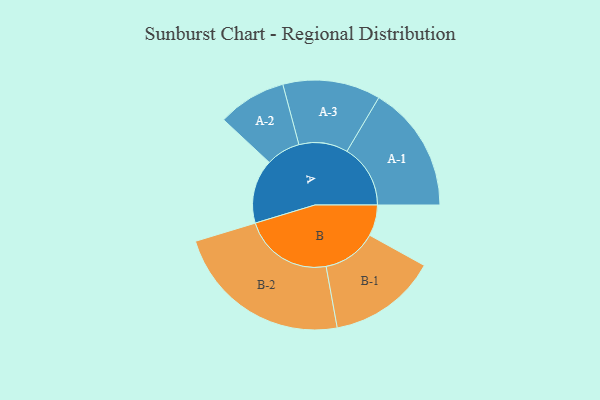
{"axis": {"x": "Segment", "y": "Value"}, "legend": ["", "A", "B"], "data": [{"x": "A", "y": 211, "type": ""}, {"x": "B", "y": 102, "type": ""}, {"x": "A-1", "y": 209, "type": "A"}, {"x": "A-2", "y": 113, "type": "A"}, {"x": "A-3", "y": 161, "type": "A"}, {"x": "B-1", "y": 179, "type": "B"}, {"x": "B-2", "y": 294, "type": "B"}]}